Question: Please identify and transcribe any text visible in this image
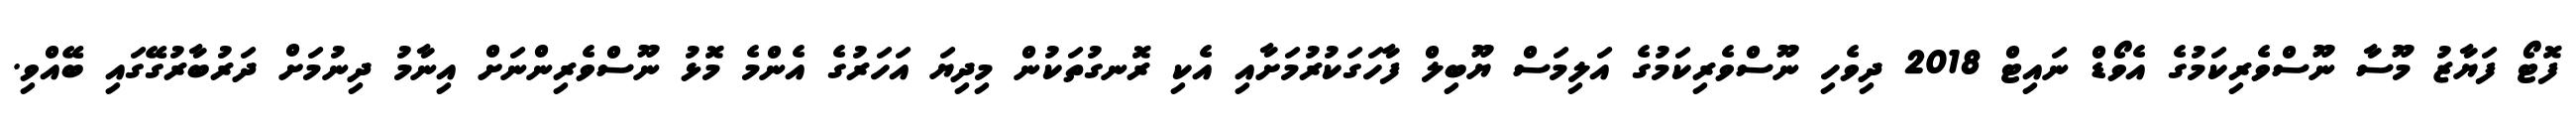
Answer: ފޮޓޯ ފަޔާޒު މޫސާ ނޫސްވެރިކަމުގެ އެވޯޑް ނައިޓް 2018 ދިވެހި ނޫސްވެރިކަމުގެ އަލިމަސް ޔޫބިލް ފާހަގަކުރުމަށާއި އެކި ރޮނގުތަކުން މިދިޔަ އަހަރުގެ އެންމެ މޮޅު ނޫސްވެރިންނަށް އިނާމު ދިނުމަށް ދަރުބާރުގޭގައި ބޭއްވި.